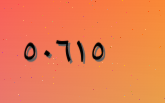
٥٠٦١٥